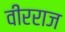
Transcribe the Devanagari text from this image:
वीरराज